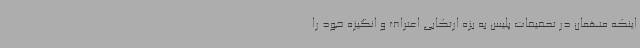
اینکه متهمان در تحقیقات پلیس به بزه ارتکابی اعتراف و انگیزه خود را